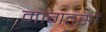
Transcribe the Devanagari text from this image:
मागतसों